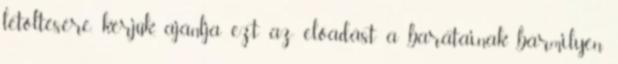
letöltésére, kérjük, ajánlja ezt az előadást a barátainak bármilyen